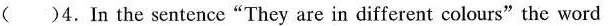
( )4.In the sentence"They are in different colours"the word